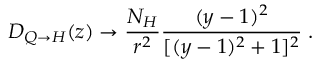
D _ { Q \to H } ( z ) \to \frac { N _ { H } } { r ^ { 2 } } \frac { ( y - 1 ) ^ { 2 } } { [ ( y - 1 ) ^ { 2 } + 1 ] ^ { 2 } } \; .